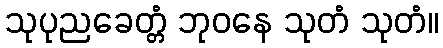
သုပုညခေတ္တံ ဘုဝနေ သုတံ သုတံ။